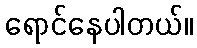
ရောင်နေပါတယ်။